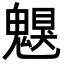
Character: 𩳵